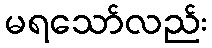
မရသော်လည်း